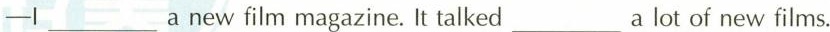
-I___a new film magazine. It talked___a lot of new films.